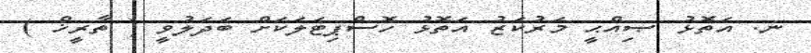
ނ. އަތޮޅު ޞިއްޙީ މަރުކަޒު އަތޮޅު ހޮސްޕިޓަލަކަށް ބަދަލުވީ ( ތާރީޚް )